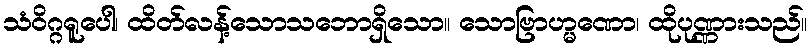
သံဝိဂ္ဂရူပေါ၊ ထိတ်လန့်သောသဘောရှိသော။ သောဗြာဟ္မဏော၊ ထိုပုဏ္ဏားသည်။